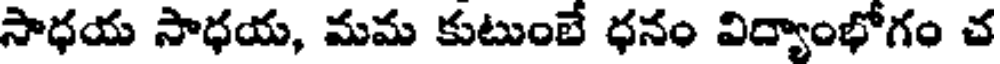
సాధయ సాధయ, మమ కుటుంబే ధనం విద్యాంభోగం చ